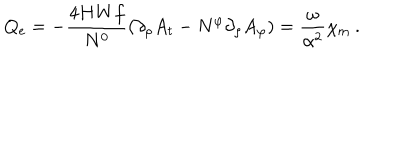
Q _ { \mathrm { e } } = - \frac { 4 H W f } { N ^ { 0 } } ( \partial _ { \rho } A _ { t } - N ^ { \varphi } \partial _ { \rho } A _ { \varphi } ) = \frac { \omega } { \alpha ^ { 2 } } \chi _ { \mathrm { m } } \: .